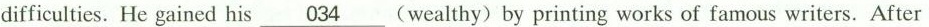
difficulties. He gained his \underline{034} (wealthy) by printing works of famous writers. After